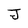
Character: J